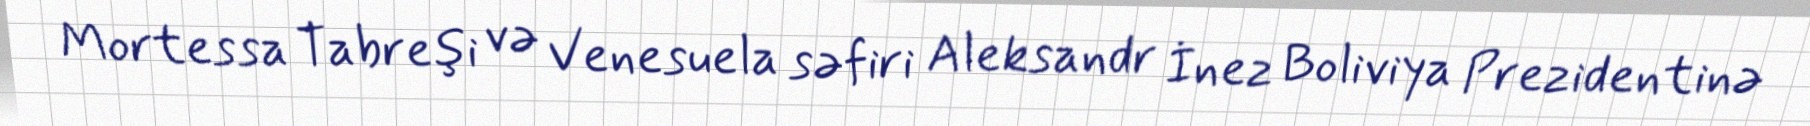
Mortessa Tabreşi və Venesuela səfiri Aleksandr İnez Boliviya Prezidentinə